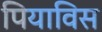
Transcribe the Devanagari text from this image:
पियाविस